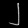
Digit: ၂